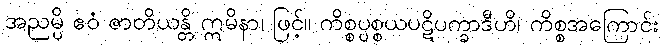
အညမ္ပိ ဧဝံ ဇာတိယန္တိ ဣမိနာ၊ ဖြင့်။ ကိစ္စပ္ပစ္စယပဋိပက္ခာဒီဟိ၊ ကိစ္စအကြောင်း